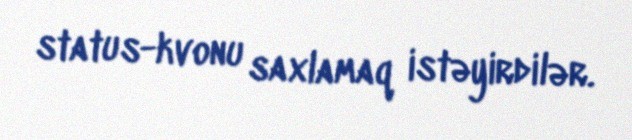
status-kvonu saxlamaq istəyirdilər.